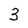
Character: 3